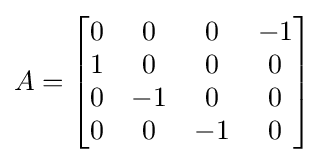
A={\begin{bmatrix}0&0&0&-1\\1&0&0&0\\0&-1&0&0\\0&0&-1&0\end{bmatrix}}